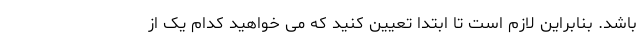
باشد. بنابراین لازم است تا ابتدا تعیین کنید که می خواهید کدام یک از